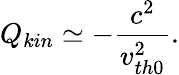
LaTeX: Q_{kin}\simeq-\frac{c^{2}}{v_{th0}^{2}}.